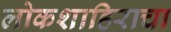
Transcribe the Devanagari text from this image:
लोकशाहिराचा